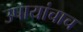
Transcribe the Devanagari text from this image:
उपायांचाच